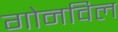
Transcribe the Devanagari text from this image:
गोनविल